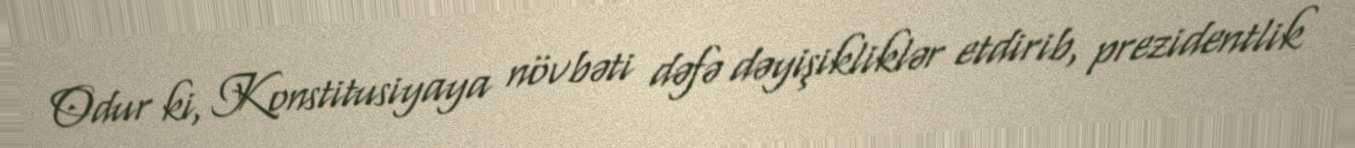
Odur ki, Konstitusiyaya növbəti dəfə dəyişikliklər etdirib, prezidentlik